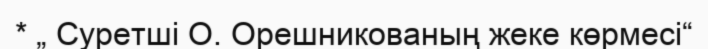
* „ Суретші О. Орешникованың жеке көрмесі“